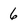
Character: 6